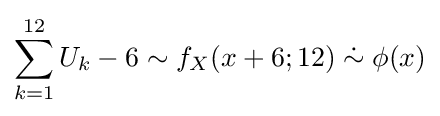
\sum _{k=1}^{12}U_{k}-6\sim f_{X}(x+6;12)\mathrel {\dot {\sim }} \phi (x)